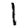
Digit: 1